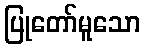
ပြုတော်မူသော